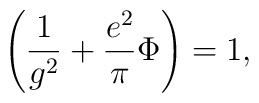
\left({1\over g^2}+{e^2\over\pi}\Phi\right)=1,